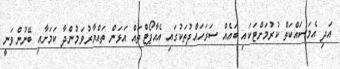
އަދި އެމަސައްކަތް ކުރުމަށްޓަކައި ބައެއް ސަރަހައްދުތަކުގައި އެއާޕޯޓްތައް އަޅަން ތައްޔާރުވަމުންދާ ކަމަށާއި ބޭނުންވަނީ